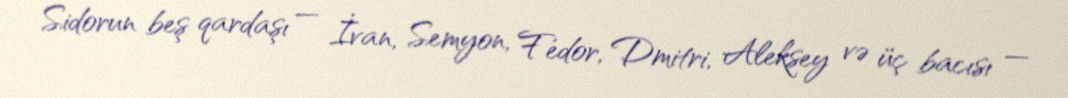
Sidorun beş qardaşı — İvan, Semyon, Fedor, Dmitri, Aleksey və üç bacısı —